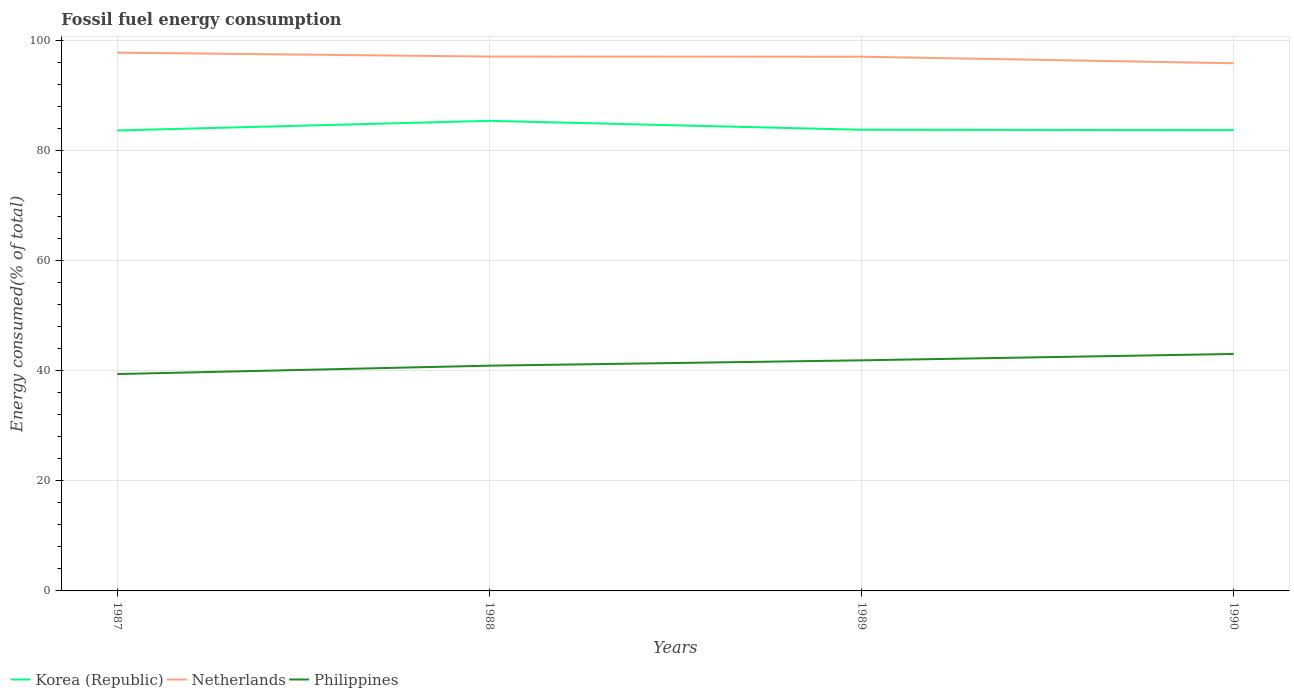
| Years | Korea (Republic) | Netherlands | Philippines |
 | --- | --- | --- | --- |
 | 1987 | 83.7 | 97.9 | 39.4 |
 | 1988 | 85.5 | 97.2 | 41 |
 | 1989 | 83.8 | 97.1 | 41.9 |
 | 1990 | 83.8 | 95.9 | 43.1 |